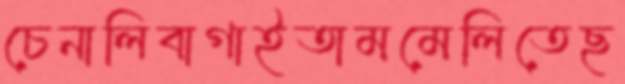
চেনালিবাগাইতামমেলিতেছ